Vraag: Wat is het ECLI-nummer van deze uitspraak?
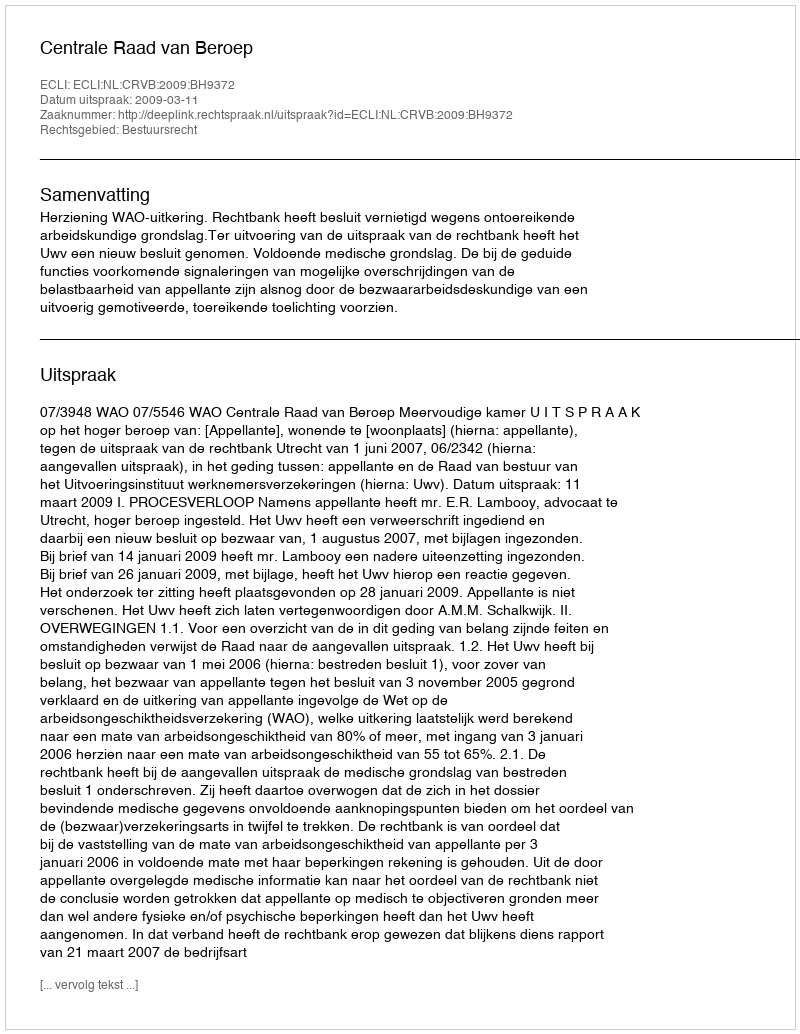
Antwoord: ECLI:NL:CRVB:2009:BH9372